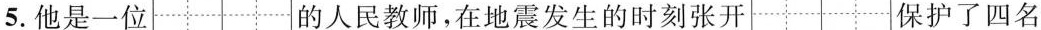
5.他是一位 的人民教师，在地震发生的时刻张开 保护了四名